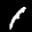
Label: 1